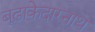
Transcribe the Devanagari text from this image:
बूढ़ाकेदारनाथ